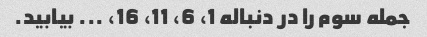
جمله سوم را در دنباله 1، 6، 11، 16، ... بیابید.